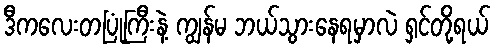
ဒီကလေးတပြုံကြီးနဲ့ ကျွန်မ ဘယ်သွားနေရမှာလဲ ရှင်တို့ရယ်